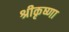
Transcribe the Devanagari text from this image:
श्रीकृष्णा